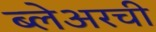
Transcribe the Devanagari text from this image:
ब्लेअरची